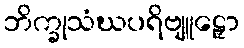
ဘိက္ခုသံဃပရိဗျူဠှော